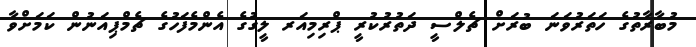
މުބާރާތުގެ ހަތަރުވަނަ ބުރަށް ޗެލްސީ ދަތުރުކުރީ ޕްރިމިއަރ ލީގުގެ އެންމެފަހުގެ ޗެމްޕިއަނުން ކަމަށްވާ